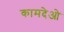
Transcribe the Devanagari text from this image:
कामदेओ